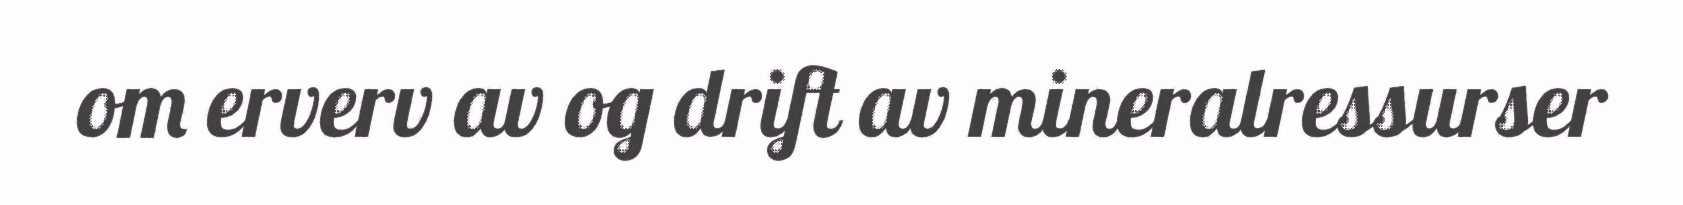
om erverv av og drift av mineralressurser